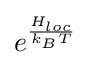
e^{\frac {H_{loc}}{k_{B}T}}